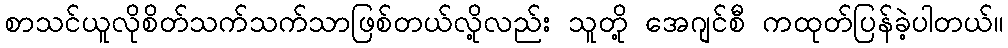
စာသင်ယူလိုစိတ်သက်သက်သာဖြစ်တယ်လို့လည်း သူတို့ အေဂျင်စီ ကထုတ်ပြန်ခဲ့ပါတယ်။